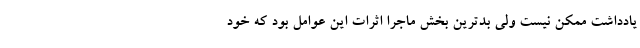
یادداشت ممکن نیست ولی بدترین بخش ماجرا اثرات این عوامل بود که خود